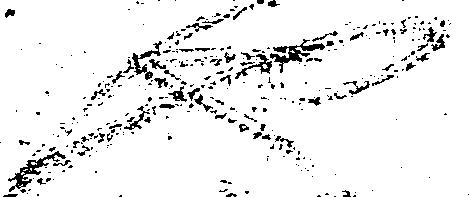
也